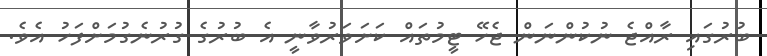
ބުރުގައި ރާއްޖެ ނުކުންނަން ޖެހޭ ޓީމުތައް ކަށަވަރުވާނީ އެ ބުރުގެ ގުރުނެގުމަށްފަހު އެވެ.